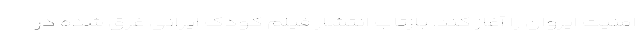
امنیت ایروان را آغاز کند. بازتاب انتشار فیلم کودک ایرانی غرق شده در